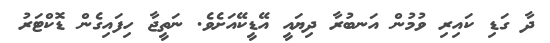
ދާ ގަޑި ކައިރި ވުމުން އަނބުރާ ދިޔައީ އޭޑީކޭއަށެވެ. ނަތީޖާ ހިފައިގެން ޑޮކްޓަރު